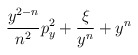
\begin{align*}\!\! \frac{y^{2-n}}{n^{2}} p_y^2 + \frac{\xi}{y^n} + y^n \!\!\end{align*}